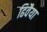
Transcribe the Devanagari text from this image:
ढिवैया